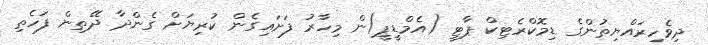
ދިވެހިރައްޔިތުންގެ ޑިމޮކްރެޓިކް ޕާޓީ (އެމްޑީޕީ)ން މިހާރު ފަށައިގެން ކުރިޔަށް ގެންދާ ދޭތިން ފަހެތި